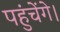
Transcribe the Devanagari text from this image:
पहुंचेंगे।